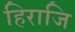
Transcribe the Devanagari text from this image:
हिराजि